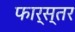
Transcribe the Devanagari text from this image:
फार्स्तर